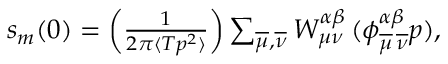
\begin{array} { r } { s _ { m } ( 0 ) = \left( \frac { 1 } { 2 \pi \langle T p ^ { 2 } \rangle } \right) \sum _ { \overline { { \mu } } , \overline { { \nu } } } W _ { { \mu } { \nu } } ^ { \alpha \beta } \, ( \phi _ { \overline { { \mu } } \, \overline { { \nu } } } ^ { \alpha \beta } p ) , } \end{array}